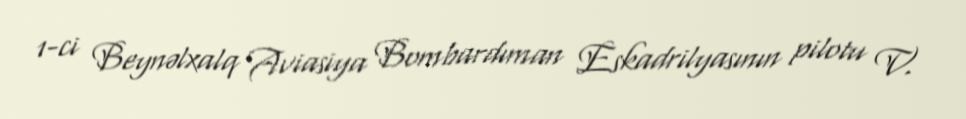
1-ci Beynəlxalq Aviasiya Bombardıman Eskadrilyasının pilotu V.